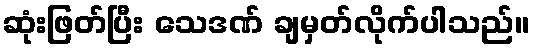
ဆုံးဖြတ်ပြီး သေဒဏ် ချမှတ်လိုက်ပါသည်။